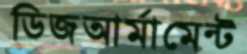
ডিজআর্মামেন্ট